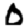
Digit: 0